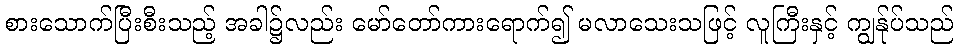
စားသောက်ပြီးစီးသည့် အခါ၌လည်း မော်တော်ကားရောက်၍ မလာသေးသဖြင့် လူကြီးနှင့် ကျွန်ုပ်သည်